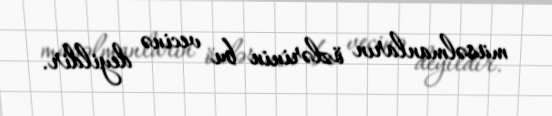
müsəlmanların özlərinin bu vecinə deyildir.